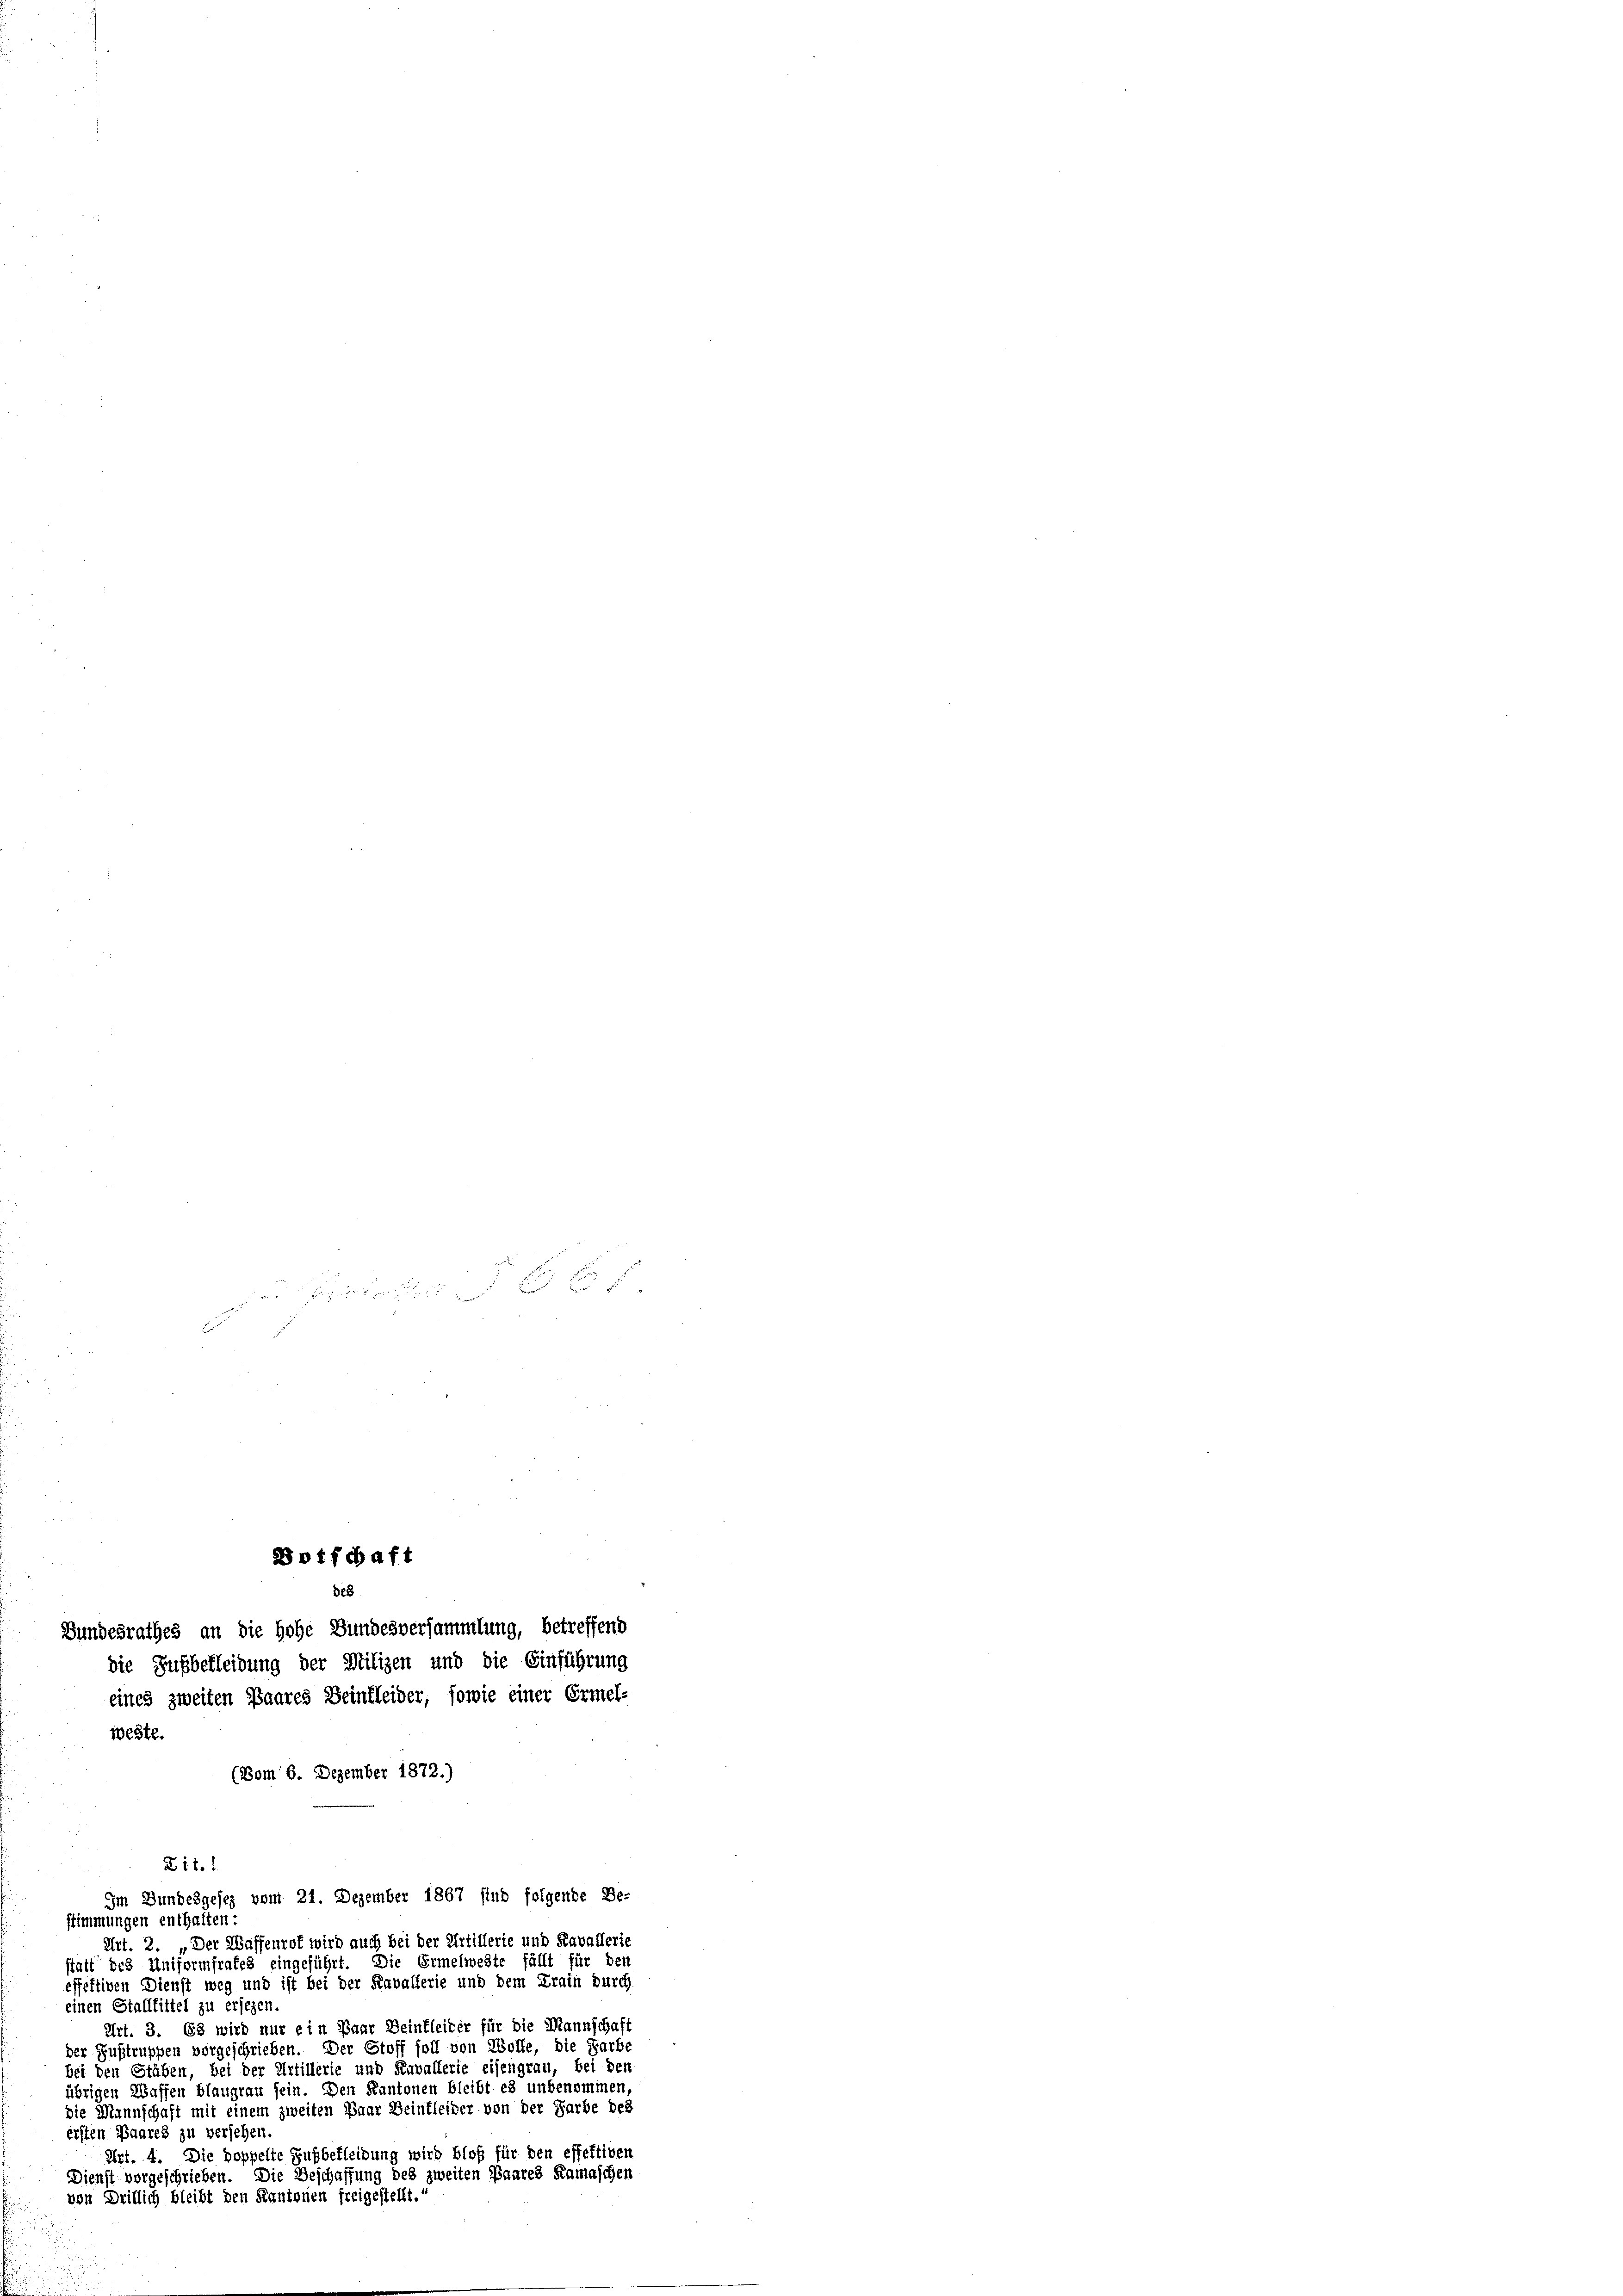
die Zufbekleidung der Milizen und die Einführung
eines zweiten Baares Beinkleider, sowie einer Ermel-
(Bom 6. Dezember 1872.)
Zit.1
Im Bundesgesez vom 21. Dezember 1867 sind folgende Be-
stimmungen enthalten:
Art. 2. „Der Waffenrot wird auch bei der Artillerie und Kavallerie
statt des Uniformfrates eingeführt. Die Ermelweste fällt für den
effektiven Dienst weg und ist bei der Kavallerie und dem Krain durch
einen Stalltittel zu ersehen.
Art. 3. 63 wird nur ein Paar Deinfleiter für die Mannschaft
der Zustruppen vorgeschrieben. Der Stoff soll von Wolle, die Farbe
bei den Stäben, bei der Artillerie und Kavallerie eisengrau, bei den
übrigen Waffen blaugrau sein. Den Kantonen bleibt es unbenommen
die Mannschaft mit einem zweiten Paar Beinfleider von der Farbe des
ersten Paares zu versehen.
Art. 4. Die doppelte Aufbefleibung wird bloß für den effektiven
Dienst vorgeschrieben. Die Beschaffung des zweiten Paares Ramaschen
von Dritlich bleibt den Kantonen freigestellt.“

B

weste.

otfchaft
328
Bundesrathes an die Hohe Bundesversammlung, betreffend